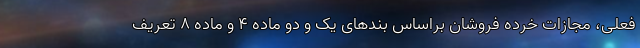
فعلی، مجازات خرده فروشان براساس بندهای یک و دو ماده ۴ و ماده ۸ تعریف